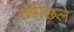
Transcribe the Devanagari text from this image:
सेपिछले